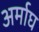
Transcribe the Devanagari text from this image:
अर्माघ